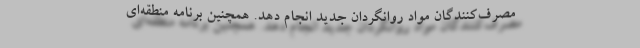
مصرف‌کنندگان مواد روانگردان جدید انجام دهد. همچنین برنامه منطقه‌ای